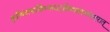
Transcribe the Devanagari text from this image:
तृतीयंतत्सखिभ्यश्चदक्षिणासंस्थमादरात्